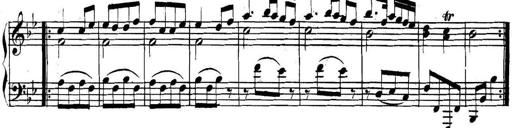
Title: Collected Piano Sonatas
Composer: Muzio Clementi